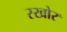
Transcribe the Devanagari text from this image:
स्खोर